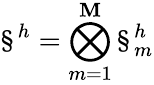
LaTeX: \S^{h}=\bigotimes_{m=1}^{\mathbf{M}}\S_{m}^{h}